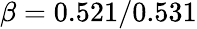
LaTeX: \beta=0.521/0.531